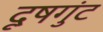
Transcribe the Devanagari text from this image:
दूषगुंट